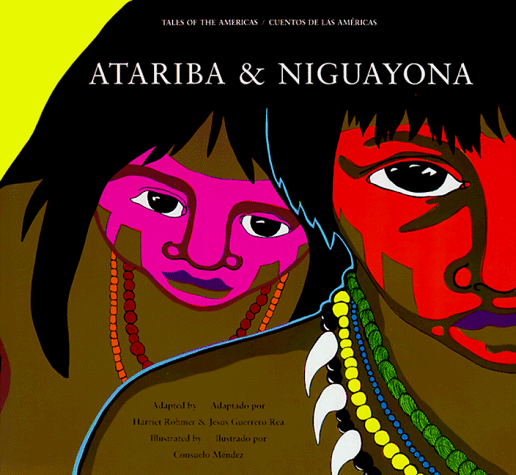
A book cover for Atariba & Niguayona: A Story from the Taino People of Puerto Rico (Tales of the Americas =) (English and Spanish Edition); Harriet Rohmer; Children's Books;